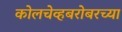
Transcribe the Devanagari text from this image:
कोलचेव्हबरोबरच्या